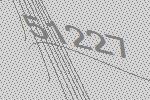
51227